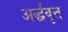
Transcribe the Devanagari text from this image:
अर्द्धवृत्त